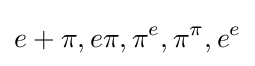
e+\pi ,e\pi ,\pi ^{e},\pi ^{\pi },e^{e}